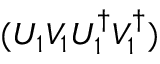
( U _ { 1 } V _ { 1 } U _ { 1 } ^ { \dagger } V _ { 1 } ^ { \dagger } )